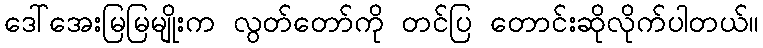
ဒေါ်အေးမြမြမျိုးက လွတ်တော်ကို တင်ပြ တောင်းဆိုလိုက်ပါတယ်။